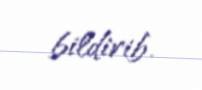
bildirib.